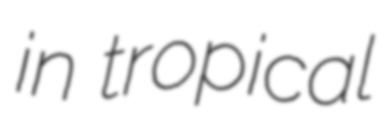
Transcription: in tropical